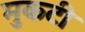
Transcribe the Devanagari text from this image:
मुकटी